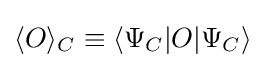
\langle O\rangle _{C}\equiv \langle \Psi _{C}|O|\Psi _{C}\rangle